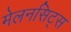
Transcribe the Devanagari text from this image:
मेलनसिट्स